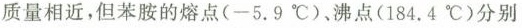
质量相近，但苯胺的熔点(-5.9℃)。沸点(184.4℃)分别